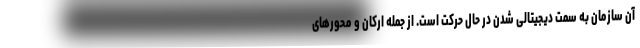
آن سازمان به سمت دیجیتالی شدن در حال حرکت است. از جمله ارکان و محورهای